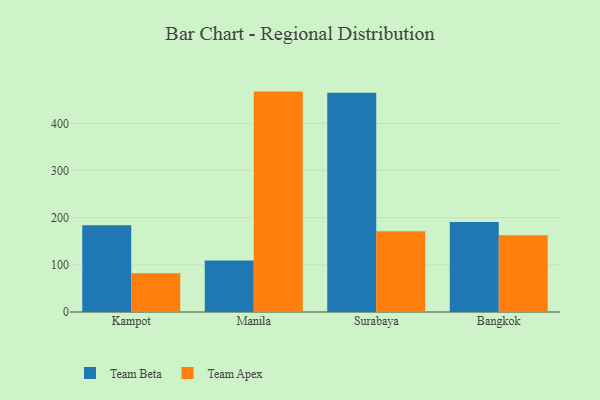
{"axis": {"x": "City", "y": "Production Output"}, "legend": ["Team Apex", "Team Beta"], "data": [{"x": "Kampot", "y": 183.9, "type": "Team Beta"}, {"x": "Kampot", "y": 82.4, "type": "Team Apex"}, {"x": "Manila", "y": 109.3, "type": "Team Beta"}, {"x": "Manila", "y": 467.5, "type": "Team Apex"}, {"x": "Surabaya", "y": 465.1, "type": "Team Beta"}, {"x": "Surabaya", "y": 171.3, "type": "Team Apex"}, {"x": "Bangkok", "y": 191.0, "type": "Team Beta"}, {"x": "Bangkok", "y": 162.6, "type": "Team Apex"}]}